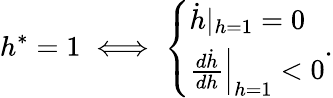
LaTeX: h^{\ast}=1\iff\left\{ \begin{array}{ll}{\dot{h}|_{h=1}=0}\\ {\frac{d\dot{h}}{dh}\Bigr|_{h=1}<0}\end{array}\right..